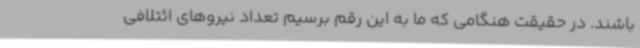
باشند. در حقیقت هنگامی که ما به این رقم برسیم تعداد نیروهای ائتلافی